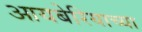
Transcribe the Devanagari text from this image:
आयबेरियाच्या